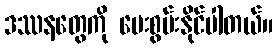
ဒဿနတွေကို ပေးစွမ်းနိုင်ပါတယ်။